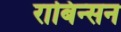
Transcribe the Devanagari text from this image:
राबिन्सन